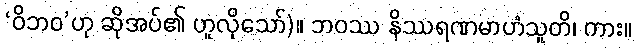
‘ဝိဘဝ’ဟု ဆိုအပ်၏ ဟူလိုသော်)။ ဘဝဿ နိဿရဏမာဟံသူတိ၊ ကား။